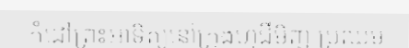
កំដៅព្រះអាទិត្យនៅក្រុងហូជីមិញ ប្រឈម